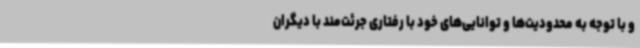
و با توجه به محدودیت‌ها و توانایی‌های خود با رفتاری جرئت‌مند با دیگران